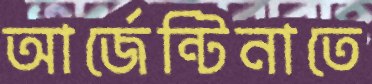
আর্জেন্টিনাতে